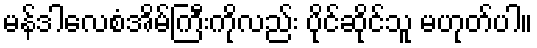
မန်ဒါလေစံအိမ်ကြီးကိုလည်း ပိုင်ဆိုင်သူ မဟုတ်ပါ။